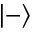
| - \rangle